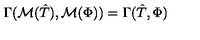
\Gamma ( \mathcal { M } ( \hat { T } ) , \mathcal { M } ( \Phi ) ) = \Gamma ( \hat { T } , \Phi )